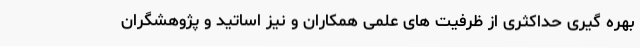
بهره گیری حداکثری از ظرفیت های علمی همکاران و نیز اساتید و پژوهشگران